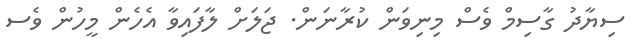
ސިޔާދު ގާސިމް ވެސް މިނިވަން ކުރާނަން. ޖަލަށް ލާފައިވާ އެހެން މީހުން ވެސ